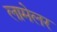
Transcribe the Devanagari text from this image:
लामेलर